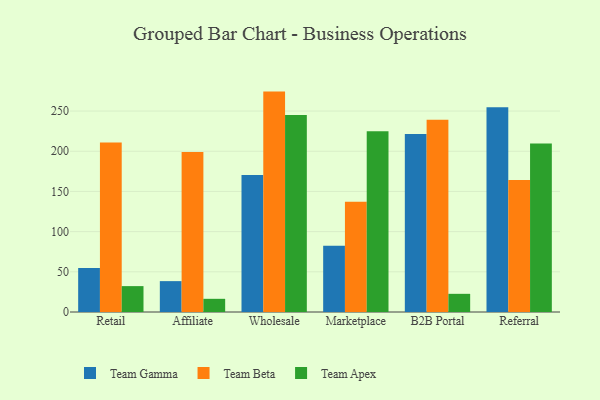
{"axis": {"x": "Channel", "y": "Temperature (°C)"}, "legend": ["Team Apex", "Team Beta", "Team Gamma"], "data": [{"x": "Retail", "y": 54.6, "type": "Team Gamma"}, {"x": "Retail", "y": 210.9, "type": "Team Beta"}, {"x": "Retail", "y": 32.2, "type": "Team Apex"}, {"x": "Affiliate", "y": 38.4, "type": "Team Gamma"}, {"x": "Affiliate", "y": 199.2, "type": "Team Beta"}, {"x": "Affiliate", "y": 16.4, "type": "Team Apex"}, {"x": "Wholesale", "y": 170.5, "type": "Team Gamma"}, {"x": "Wholesale", "y": 274.2, "type": "Team Beta"}, {"x": "Wholesale", "y": 245.2, "type": "Team Apex"}, {"x": "Marketplace", "y": 82.5, "type": "Team Gamma"}, {"x": "Marketplace", "y": 137.1, "type": "Team Beta"}, {"x": "Marketplace", "y": 224.8, "type": "Team Apex"}, {"x": "B2B Portal", "y": 221.5, "type": "Team Gamma"}, {"x": "B2B Portal", "y": 239.1, "type": "Team Beta"}, {"x": "B2B Portal", "y": 22.6, "type": "Team Apex"}, {"x": "Referral", "y": 254.6, "type": "Team Gamma"}, {"x": "Referral", "y": 164.3, "type": "Team Beta"}, {"x": "Referral", "y": 209.6, "type": "Team Apex"}]}